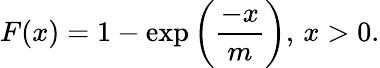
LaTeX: F(x)=1-\exp\left(\frac{-x}{m}\right),\, x>0.